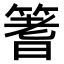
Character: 𫂓